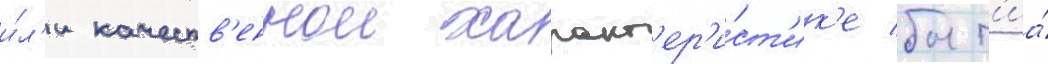
и́л'и качеств'еннои характ'ер'и́ст'ик'е быт'иа́